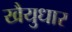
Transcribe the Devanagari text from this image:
खैयुधार